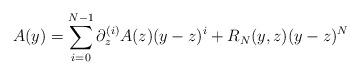
LaTeX: \begin{align*}A(y) = \sum_{i=0}^{N-1}\partial^{(i)}_z A(z)(y-z)^i+ R_N(y,z)(y-z)^N\end{align*}